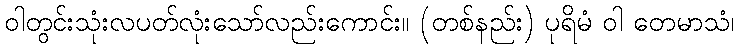
ဝါတွင်းသုံးလပတ်လုံးသော်လည်းကောင်း။ (တစ်နည်း) ပုရိမံ ဝါ တေမာသံ၊